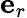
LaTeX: {\mathbf e}_{r}